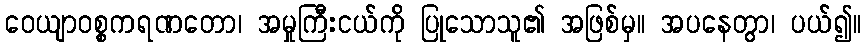
ဝေယျာဝစ္စကရဏတော၊ အမှုကြီးငယ်ကို ပြုသောသူ၏ အဖြစ်မှ။ အပနေတွာ၊ ပယ်၍။